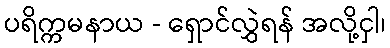
ပရိက္ကမနာယ - ရှောင်လွှဲရန် အလို့ငှါ၊